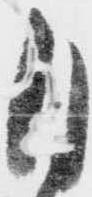
目